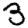
Digit: 3